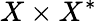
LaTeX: X\times X^{*}